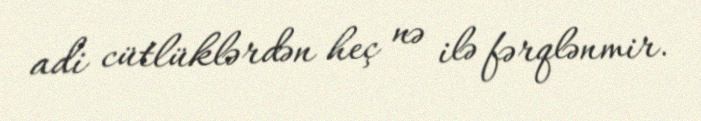
adi cütlüklərdən heç nə ilə fərqlənmir.